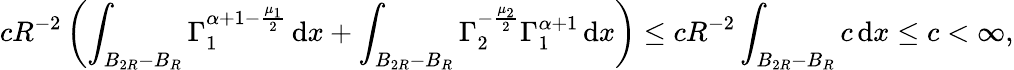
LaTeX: cR^{-2}\left(\int_{B_{2R}-B_{R}}\Gamma_{1}^{\alpha+1-\frac{\mu_{1}}{2}}\, \mathrm{d}x+\int_{B_{2R}-B_{R}}\Gamma_{2}^{-\frac{\mu_{2}}{2}}\Gamma_{1}^{\alpha+1}\, \mathrm{d}x\right)\leq cR^{-2}\int_{B_{2R}-B_{R}}c\, \mathrm{d}x\leq c<\infty,